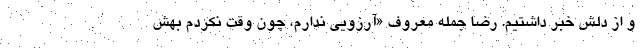
و از دلش خبر داشتیم. رضا جمله معروف «آرزویی ندارم، چون وقت نکردم بهش